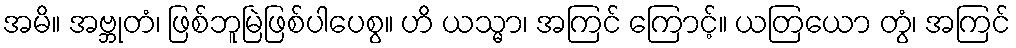
အမိ။ အဗ္ဘုတံ၊ ဖြစ်ဘူမြဲဖြစ်ပါပေစွ။ ဟိ ယသ္မာ၊ အကြင် ကြောင့်။ ယတြယော တွံ၊ အကြင်